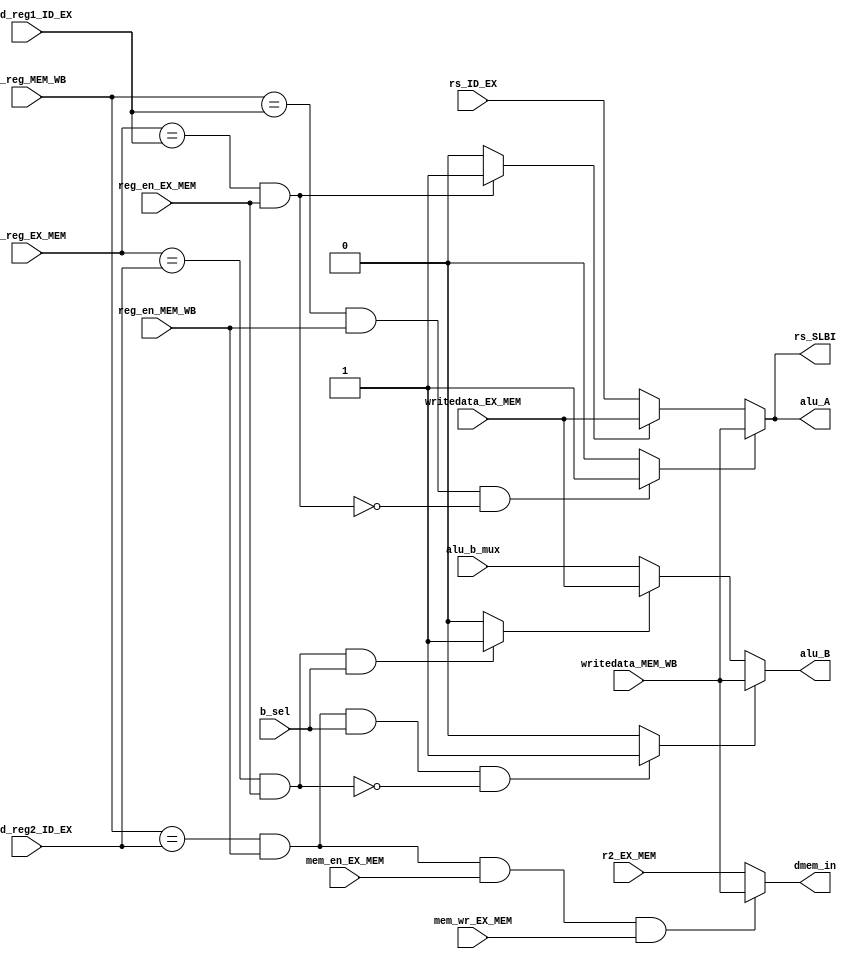
module for_unit_1(b_sel,w1_reg_MEM_WB,w1_reg_EX_MEM,read_reg1_ID_EX,read_reg2_ID_EX, reg_en_MEM_WB,
				reg_en_EX_MEM,mem_en_EX_MEM,mem_wr_EX_MEM,writedata_MEM_WB,
				writedata_EX_MEM, r2_EX_MEM,rs_ID_EX,alu_b_mux,alu_A, alu_B, dmem_in, rs_SLBI);

input b_sel;				
input [2:0]w1_reg_MEM_WB;
input [2:0]w1_reg_EX_MEM;
input [2:0]read_reg1_ID_EX;
input [2:0]read_reg2_ID_EX;
input reg_en_MEM_WB;
input reg_en_EX_MEM;
input mem_en_EX_MEM;
input mem_wr_EX_MEM;
input[15:0]writedata_MEM_WB;
input[15:0]writedata_EX_MEM;
input [15:0]r2_EX_MEM;
input [15:0]rs_ID_EX;
input [15:0] alu_b_mux;//from alu_b_mux output 
output[15:0]alu_A;
output [15:0]alu_B;
output [15:0]dmem_in;
output [15:0]rs_SLBI;

wire A_bypassWB, B_bypassWB, A_bypassMEM, B_bypassMEM, rs_bypassWB,rs_bypassMEM;
//if alu_A from MEM_WB
assign A_bypassWB=(w1_reg_MEM_WB==read_reg1_ID_EX &reg_en_MEM_WB & ~(w1_reg_EX_MEM==read_reg1_ID_EX & reg_en_EX_MEM)) ?1:0;

//if alu_B from MEM_WB
assign B_bypassWB=(w1_reg_MEM_WB==read_reg2_ID_EX &reg_en_MEM_WB & b_sel & ~(w1_reg_EX_MEM==read_reg2_ID_EX & reg_en_EX_MEM)) ?1:0;

//if alu_A from EX_MEM
assign A_bypassMEM=(w1_reg_EX_MEM==read_reg1_ID_EX & reg_en_EX_MEM)?1:0;

//if alu_B from EX_MEM
assign B_bypassMEM=(w1_reg_EX_MEM==read_reg2_ID_EX & reg_en_EX_MEM & b_sel)?1:0;	

//LD followed by ST/STU
assign dmem_in=(w1_reg_MEM_WB==read_reg2_ID_EX & reg_en_MEM_WB & mem_en_EX_MEM & mem_wr_EX_MEM)?writedata_MEM_WB:r2_EX_MEM;

//if rs_SLBI from MEM_WB
assign rs_bypassWB=(w1_reg_MEM_WB==read_reg1_ID_EX &reg_en_MEM_WB & ~(w1_reg_EX_MEM==read_reg1_ID_EX & reg_en_EX_MEM)) ?1:0;
//if rs_SLBI from EX_MEM
assign rs_bypassMEM=(w1_reg_EX_MEM==read_reg1_ID_EX & reg_en_EX_MEM)?1:0;

assign alu_A=(A_bypassWB)?writedata_MEM_WB:(A_bypassMEM)?writedata_EX_MEM:rs_ID_EX;
assign alu_B=(B_bypassWB)?writedata_MEM_WB:(B_bypassMEM)?writedata_EX_MEM:alu_b_mux;
assign  rs_SLBI=(rs_bypassWB)?writedata_MEM_WB:(rs_bypassMEM)?writedata_EX_MEM:rs_ID_EX;

endmodule